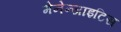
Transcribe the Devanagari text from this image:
मेनेन्जाइटिस